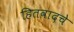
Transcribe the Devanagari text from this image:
हितवादचे